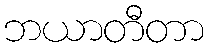
ဘယာတီတာ